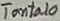
Text: Tantalo